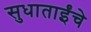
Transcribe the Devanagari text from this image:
सुधाताईंचे